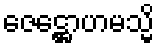
ဇေဋ္ဌောဟမသ္မိ